Indian journal of veterinary science and animal husbandry - Volume 7,
Year: 1937
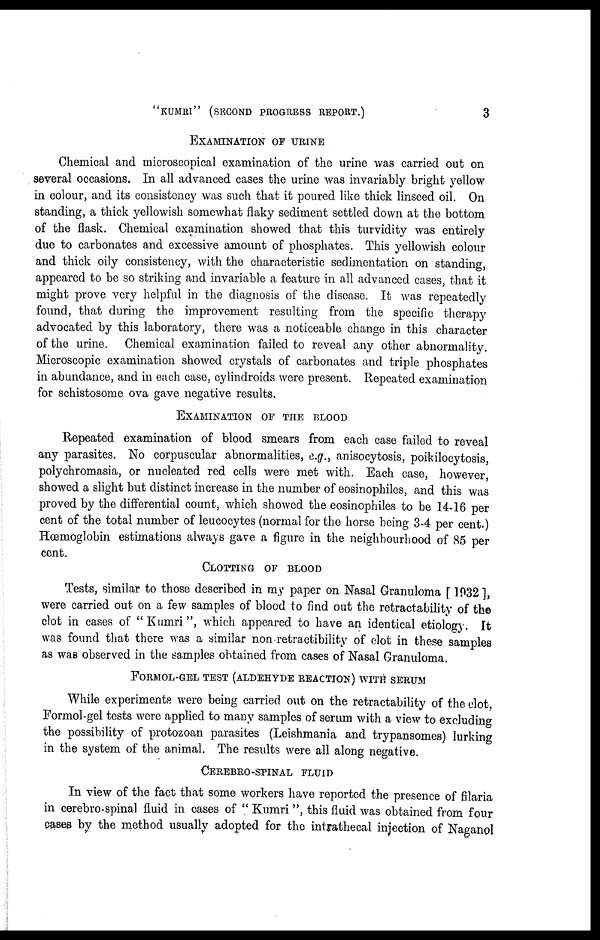
"KUMRI" (SECOND PROGRESS REPORT.)
3
EXAMINATION OF URINE
Chemical and microscopical examination of the urine was carried out on
several occasions. In all advanced cases the urine was invariably bright yellow
in colour, and its consistency was such that it poured like thick linseed oil. On
standing, a thick yellowish somewhat flaky sediment settled down at the bottom
of the flask. Chemical examination showed that this turvidity was entirely
due to carbonates and excessive amount of phosphates. This yellowish colour
and thick oily consistency, with the characteristic sedimentation on standing,
appeared to be so striking and invariable a feature in all advanced cases, that it
might prove very helpful in the diagnosis of the disease. It was repeatedly
found, that during the improvement resulting from the specific therapy
advocated by this laboratory, there was a noticeable change in this character
of the urine. Chemical examination failed to reveal any other abnormality.
Microscopic examination showed crystals of carbonates and triple phosphates
in abundance, and in each case, cylindroids were present. Repeated examination
for schistosome ova gave negative results.
EXAMINATION OF THE BLOOD
Repeated examination of blood smears from each case failed to reveal
any parasites. No corpuscular abnormalities, e.g., anisocytosis, poikilocytosis,
polychromasia, or nucleated red cells were met with. Each case, however,
showed a slight but distinct increase in the number of eosinophiles, and this was
proved by the differential count, which showed the eosinophiles to be 14-16 per
cent of the total number of leucocytes (normal for the horse being 3-4 per cent.)
Hœmoglobin estimations always gave a figure in the neighbourhood of 85 per
cent.
CLOTTING OF BLOOD
Tests, similar to those described in my paper on Nasal Granuloma [ 1932 ],
were carried out on a few samples of blood to find out the retractability of the
clot in cases of "Kumri", which appeared to have an identical etiology. It
was found that there was a similar non retractibility of clot in these samples
as was observed in the samples obtained from cases of Nasal Granuloma.
FORMOL-GEL TEST (ALDEHYDE REACTION) WITH SERUM
While experiments were being carried out on the retractability of the clot,
Formol-gel tests were applied to many samples of serum with a view to excluding
the possibility of protozoan parasites (Leishmania and trypansomes) lurking
in the system of the animal. The results were all along negative.
CEREBRO-SPINAL FLUID
In view of the fact that some workers have reported the presence of filaria
in cerebro-spinal fluid in cases of " Kumri ", this fluid was obtained from four
cases by the method usually adopted for the intrathecal injection of Naganol